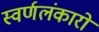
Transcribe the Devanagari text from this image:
स्वर्णलंकारो